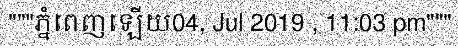
"""ភ្នំពេញឡើយ04, Jul 2019 , 11:03 pm"""